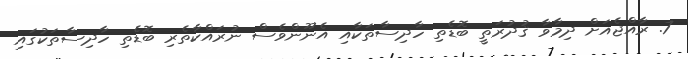
7. ރާއްޖެއަށް ދިމާވާ ޤުދުރަތީ ބޮޑެތި ހާދިސާތަކާއި އެނޫންވެސް ނުރައްކާތެރި ބޮޑެތި ހާދިސާތަކުގައި